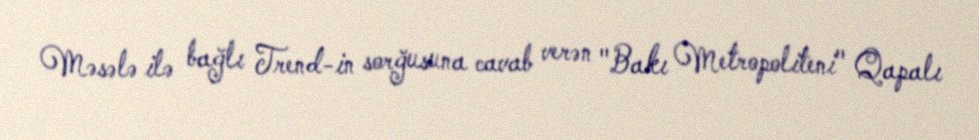
Məsələ ilə bağlı Trend-in sorğusuna cavab verən "Bakı Metropoliteni" Qapalı